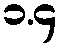
၁.၄